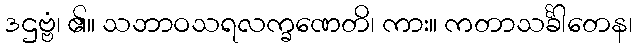
ဒဌဗ္ဗံ၊ ၏။ သဘာဝသရလက္ခဏေတိ၊ ကား။ ကတာသင်္ခါတေန၊